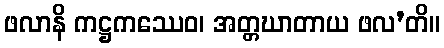
ဖလာနိ ကဋ္ဌကဿေဝ၊ အတ္တဃာတာယ ဖလ’တိ။